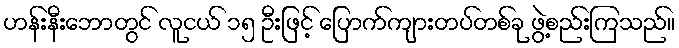
ဟန်းနီးဘောတွင် လူငယ် ၁၅ ဦးဖြင့် ပြောက်ကျားတပ်တစ်ခု ဖွဲ့စည်းကြသည်။